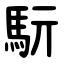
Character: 䭼